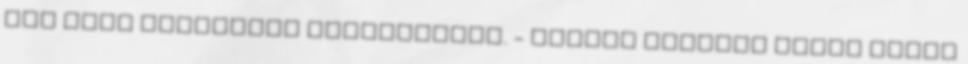
ezt most sikeresen megcáfoltuk. - Szóval Abigail adott neked